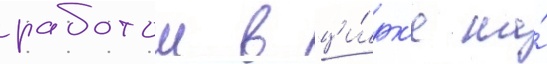
работои в ци́рк'е на́